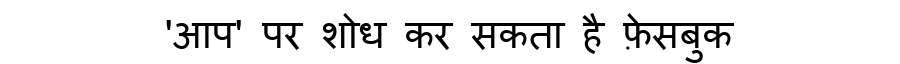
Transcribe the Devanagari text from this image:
'आप' पर शोध कर सकता है फ़ेसबुक